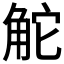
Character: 𧣖